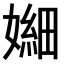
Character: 𫱫